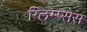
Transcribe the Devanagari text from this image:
ग्लिम्प्सेस